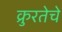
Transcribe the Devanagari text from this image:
क्रुरतेचे